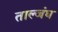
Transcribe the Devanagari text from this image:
ताल्जंघ